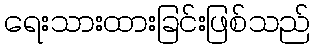
ရေးသားထားခြင်းဖြစ်သည်